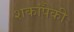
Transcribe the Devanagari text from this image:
शकांपैकी